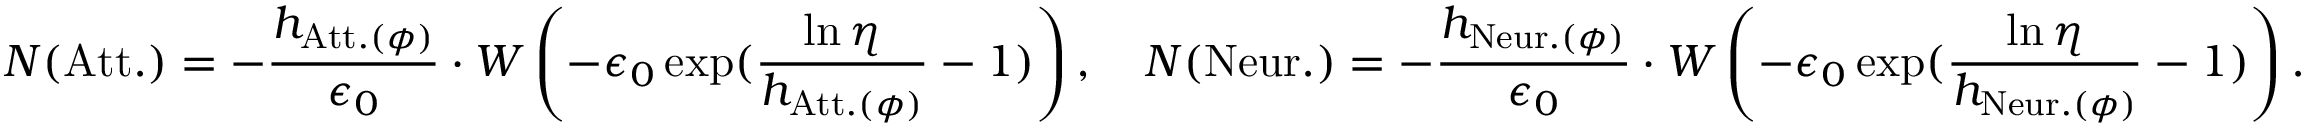
N ( \mathrm { A t t . } ) = - \frac { h _ { \mathrm { A t t . } ( \phi ) } } { \epsilon _ { 0 } } \cdot W \left( - \epsilon _ { 0 } \exp ( \frac { \ln \eta } { h _ { \mathrm { A t t . } ( \phi ) } } - 1 ) \right) , \quad N ( \mathrm { N e u r . } ) = - \frac { h _ { \mathrm { N e u r . } ( \phi ) } } { \epsilon _ { 0 } } \cdot W \left( - \epsilon _ { 0 } \exp ( \frac { \ln \eta } { h _ { \mathrm { N e u r . } ( \phi ) } } - 1 ) \right) .